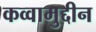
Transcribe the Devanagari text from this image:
कव्वामुद्दीन